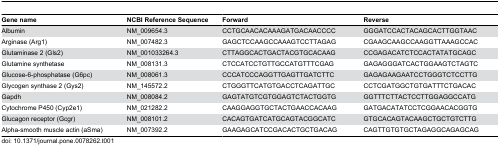
| Gene name | NCBI Reference Sequence | Forward | Reverse |
 | --- | --- | --- | --- |
 | Albumin | NM_009654.3 | CCTGCAACACAAAGATGACAACCCC | GGGATCCACTACAGCACTTGGTAAC |
 | Arginase (Arg1) | NM_007482.3 | GAGCTCCAAGCCAAAGTCCTTAGAG | CGAAGCAAGCCAAGGTTAAAGCCAC |
 | Glutaminase 2 (Gls2) | NM_001033264.3 | CTTAGGCACTGACTACGTGCACAAG | CCGAGACATCTCCACTATATGCAGC |
 | Glutamine synthetase | NM_008131.3 | CTCCATCCTGTTGCCATGTTTCGAG | GAGAGGGATCACTGGAAGTCTAGTC |
 | Glucose-6-phosphatase (G6pc) | NM_008061.3 | CCCATCCCAGGTTGAGTTGATCTTC | GAGAGAAGAATCCTGGGTCTCCTTG |
 | Glycogen synthase 2 (Gys2) | NM_145572.2 | CTGGGTTCATGTGACCTCAGATTGC | CCTCGATGGCTGTGATTTCTGACAC |
 | Gapdh | NM_008084.2 | GAGTATGTCGTGGAGTCTACTGGTG | GGTTTCTTACTCCTTGGAGGCCATG |
 | Cytochrome P450 (Cyp2e1) | NM_021282.2 | CAAGGAGGTGCTACTGAACCACAAG | GATGACATATCCTCGGAACACGGTG |
 | Glucagon receptor (Gcgr) | NM_008101.2 | CACAGTGATCATGCAGTACGGCATC | GTGCACAGTACAAGCTGCTGTCTTG |
 | Alpha-smooth muscle actin (aSma) | NM_007392.2 | GAAGAGCATCCGACACTGCTGACAG | CAGTTGTGTGCTAGAGGCAGAGCAG |